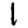
Digit: 1